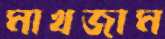
মাখজাম